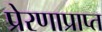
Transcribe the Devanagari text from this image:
प्रेरणाप्राप्त